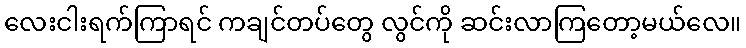
လေးငါးရက်ကြာရင် ကချင်တပ်တွေ လွင်ကို ဆင်းလာကြတော့မယ်လေ။